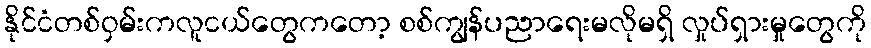
နိုင်ငံတစ်ဝှမ်းကလူငယ်တွေကတော့ စစ်ကျွန်ပညာရေးမလိုမရှိ လှုပ်ရှားမှုတွေကို